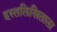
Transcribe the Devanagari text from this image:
हस्तलिखिताला